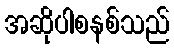
အဆိုပါစနစ်သည်